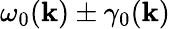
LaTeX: {\omega}_{0}(\mathbf{k})\pm\gamma_{0}(\mathbf{k})